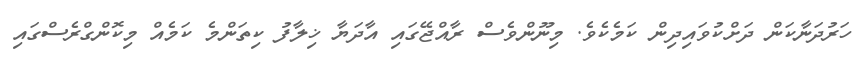
ހަރުދަނާކަން ދަށްކުވައިދިން ކަމެކެވެ. މިނޫންވެސް ރާއްޖޭގައި އާދަޔާ ޚިލާފު ކިތަންމެ ކަމެއް މިކޮންގްރެސްގައި